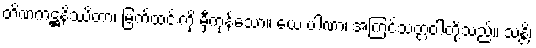
တိဏကဋ္ဌနိဿိတာ၊ မြက်ထင်းကို မှီကုန်သော။ ယေ ပါဏာ၊ အကြင်သတ္တဝါတို့သည်။ သန္တိ၊